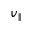
v _ { \parallel }